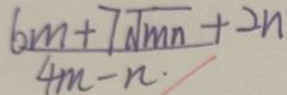
\frac { 6 m + 7 \sqrt { m n } + 2 n } { 4 m - n }